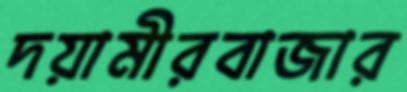
দয়ামীরবাজার